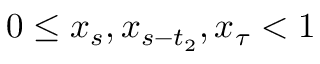
0 \le x _ { s } , x _ { s - t _ { 2 } } , x _ { \tau } < 1